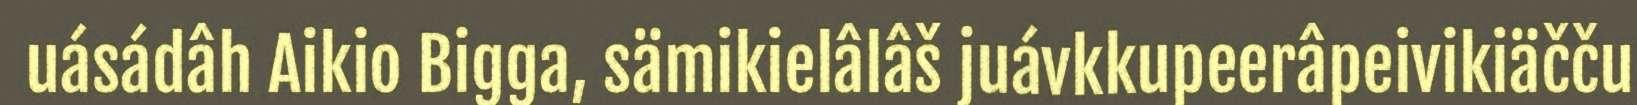
uásádâh Aikio Bigga, sämikielâlâš juávkkupeerâpeivikiäčču